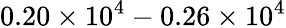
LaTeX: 0.20\times 10^{4}-0.26\times 10^{4}